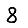
Digit: 8